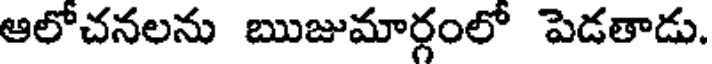
ఆలోచనలను ఋజుమార్గంలో పెడతాడు.